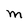
Character: M